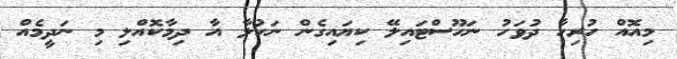
މިއޮއް ހުރިހާ ދުވަހު ނަހޫސްޓައިލޭ ކިޔައިގެން ނަހުލާ އާ ދިމާކޮއްލި މި ނަދީމެއް